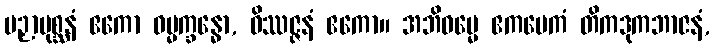
ပဉှာပုစ္ဆနံ ဧကော ဓမ္မက္ခန္ဓော, ဝိဿဇ္ဇနံ ဧကော။ အဘိဓမ္မေ ဧကမေကံ တိကဒုကဘာဇနံ,